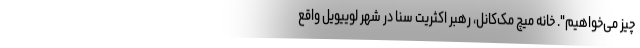
چیز می‌خواهیم". خانه میچ مک‌کانل، رهبر اکثریت سنا در شهر لوییویل واقع